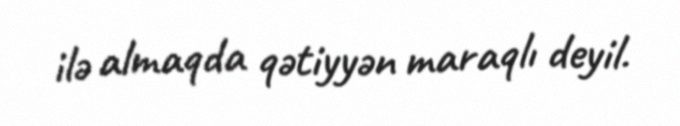
ilə almaqda qətiyyən maraqlı deyil.